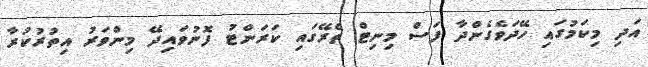
އަދި މިކަމުގައި ހޭދަވެގެންދާ ފަސް މިނިޓް ތެރޭގައި ކަރަންޓު ފޮނުވައިދޭ މިންވަރު އިތުރުކުރާ